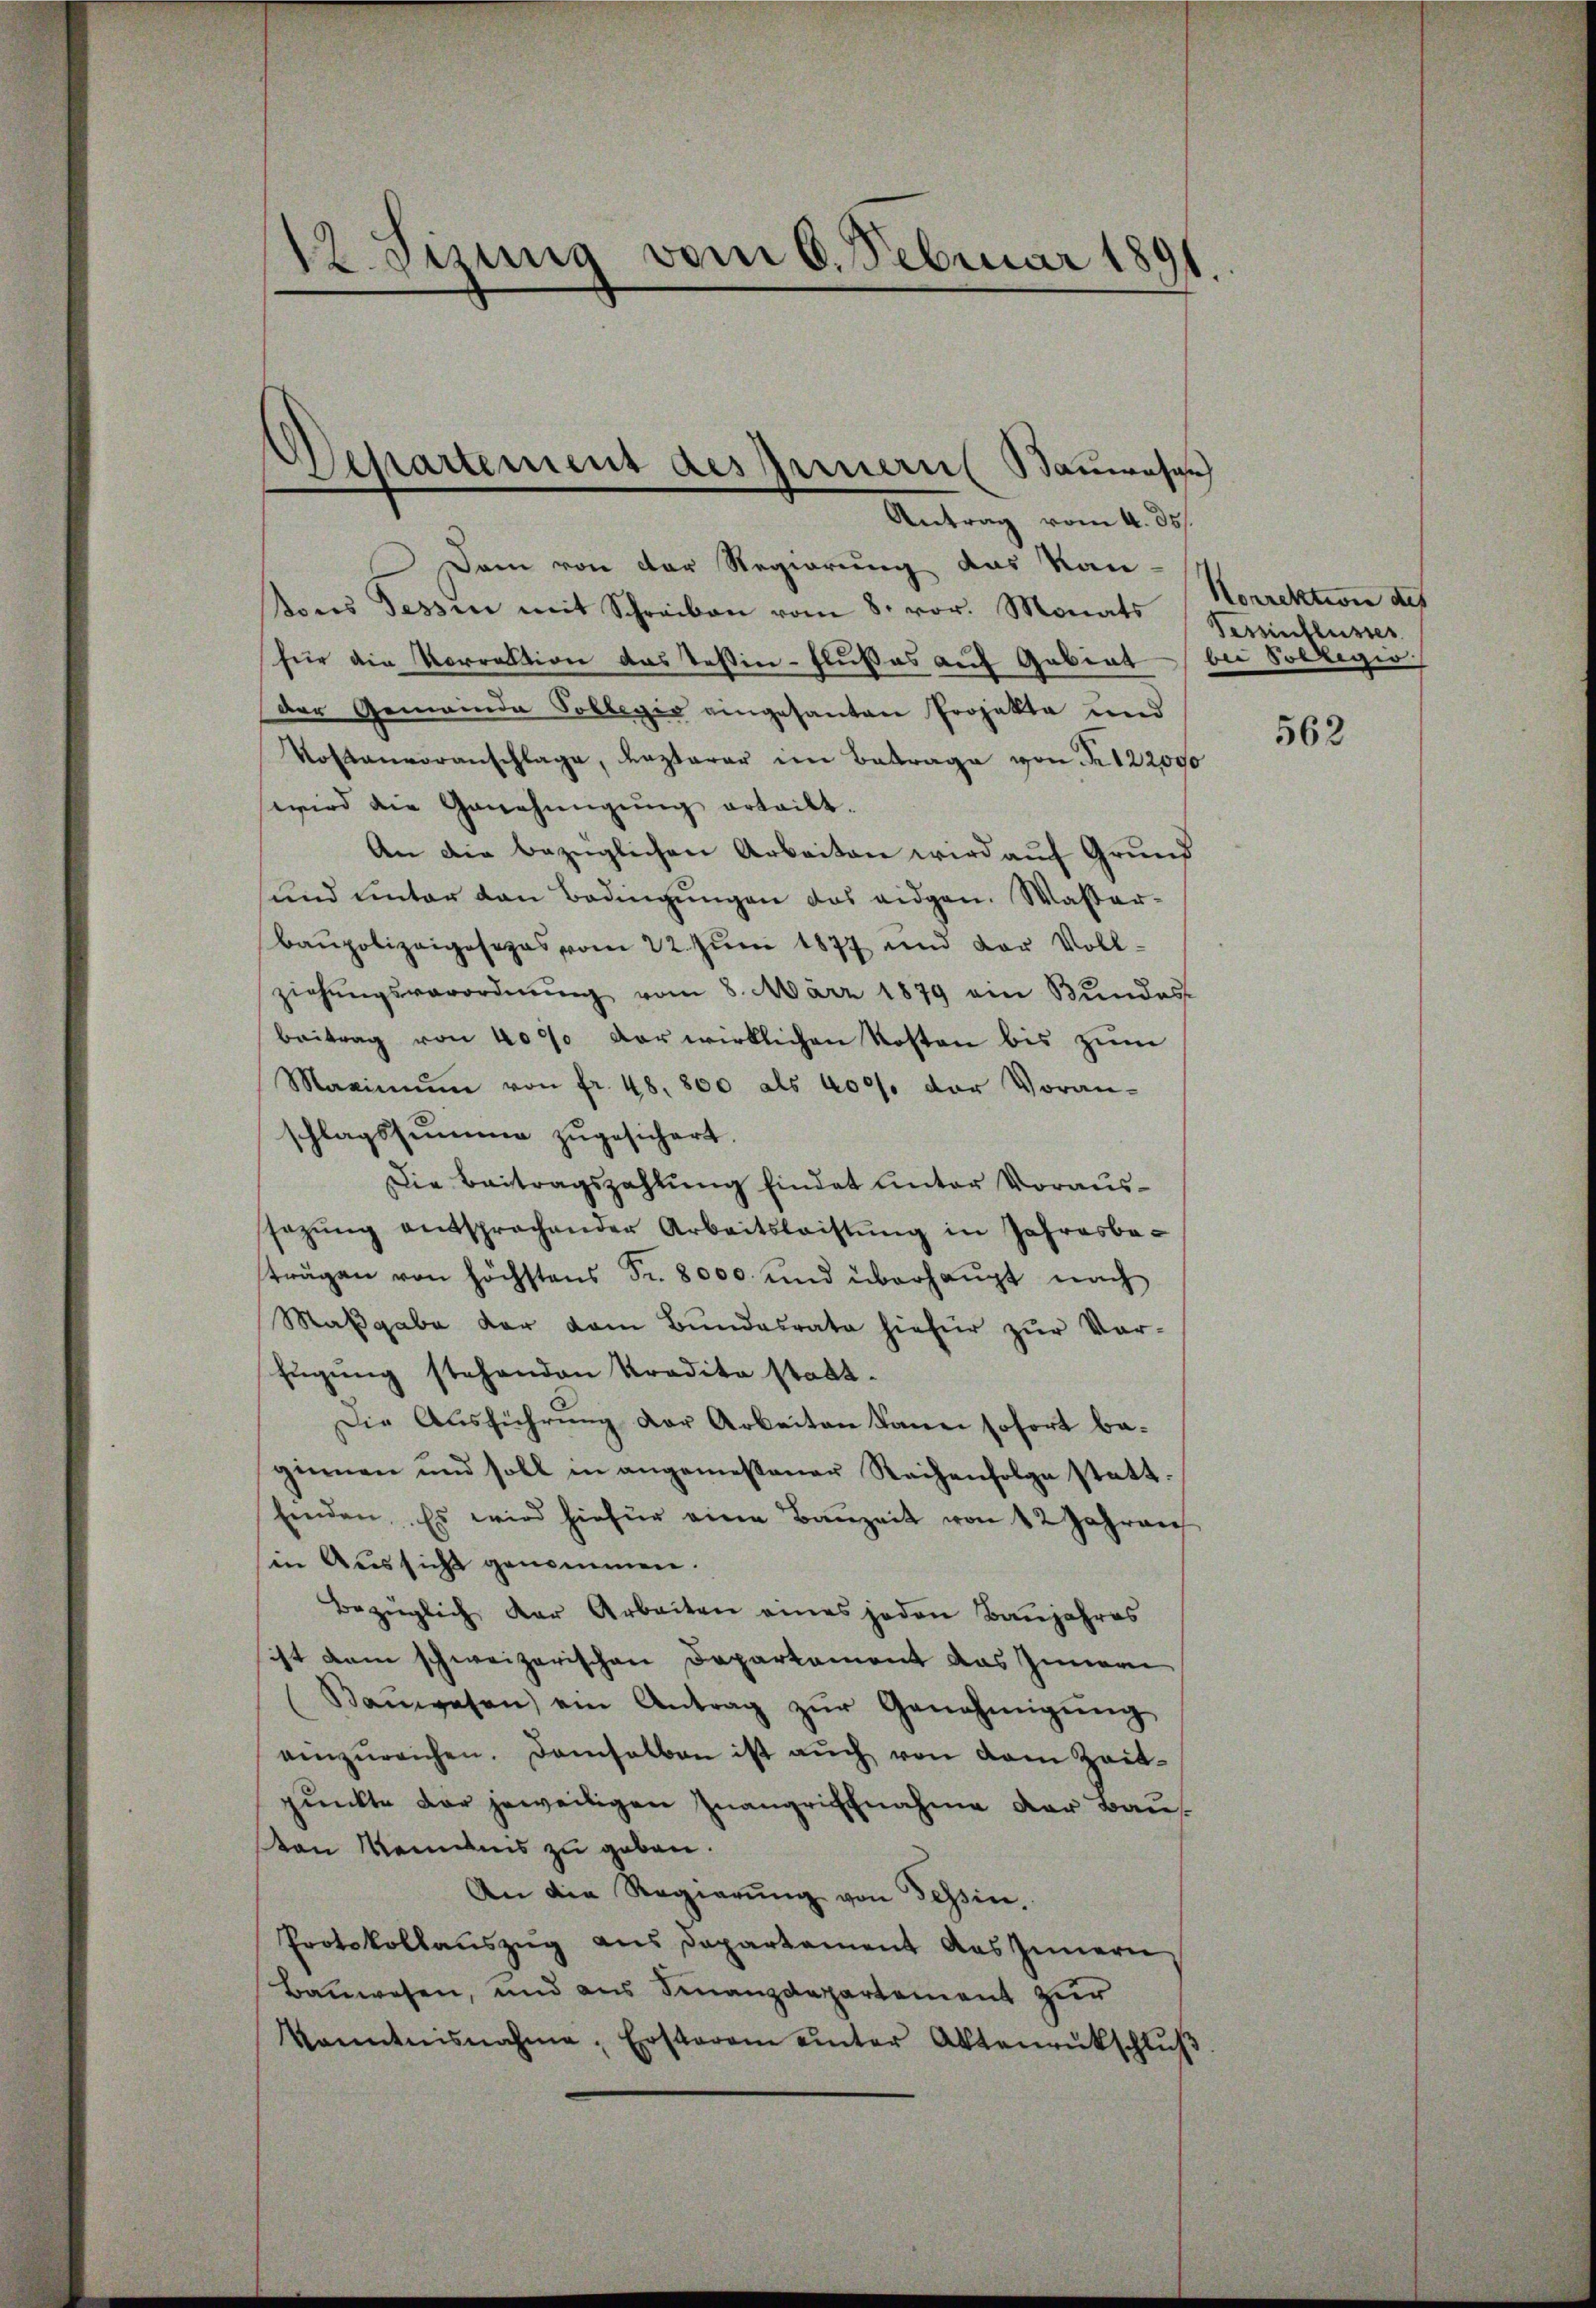
12. Sizung vom 6. Februar 181
.

Dam von der Regierung das Kan-
Vons Tessin mit Schreiben vom 8. vor. Monats
für die Vorrektion das Teßin-Flußes auf Gebiet bei Sollegio
der Gemeinde Sollegio eingesanten Projekte und
Kostenvoranschlage, lezterer im Betrage von 122000
wird die Genehmigung erteilt.
An die bezüglichen Arbeiten wird auf Grund
und unter den Bedingŭngen das eidgen. Wasser-
Baupolizeigesezes vom 22. Juni 1877 und der Vollziehŭngsverordnŭng vom 8. März 1879 ein Bŭndes
beitrag von 4000 der wirklichen Kosten bis zŭm
Maximŭm von fr. 48. 800 als 400. der Voran-
schlagssumme zugesichert.
Die Beitragszahlung findet unter Voraussezŭng entsprochender Arbeitsleistŭng in Jahresbe-
strägen von höchstens Fr. 8000. und überhaupt nach
Maβgabe der dem Bŭndesrate hiefür zŭr Vor-
fügung stehenden Kredita statt¬
Die Ausführung der Arbeiten kann sofort beginnen und soll in angemessener Reihenfolge statt.
finden. Es wird hiefür eine Baŭzeit von 42 Jahren
in Aeussicht genommen.
Bezüglich der Arbeiten eines jeden Baujahres
ist dem schweizerischen Departement das Innerei
Baŭwesen ein Antrag zŭr Genehmigŭng
einzŭreichen. Damsalben ist aŭch von dem Zeit-
punkte der jeweiligen Inangriffnahme der Bauvon Mendnis zu geben.
An die Regierŭng von Tessin,
Protokollauszug aus Departement das Innern
Bauwesen, und aus Finanzdepartement zur
kanntnisnahme, Erstaren unter Aktenrückschlŭβ

Departement dessernern Bauwesen
Antrag vom 4. ds.

Norrektion des
Pessinflusser

562